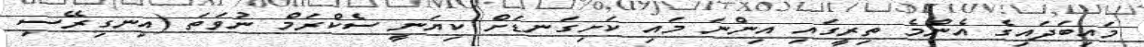
މައިބަދައިގެ އެންމެ ތިރީގައި އިންނަ މައި ކަށިގަނޑަށް ކިޔަނީ ސެކްރަމް ނުވަތަ (އިނގިރޭސި